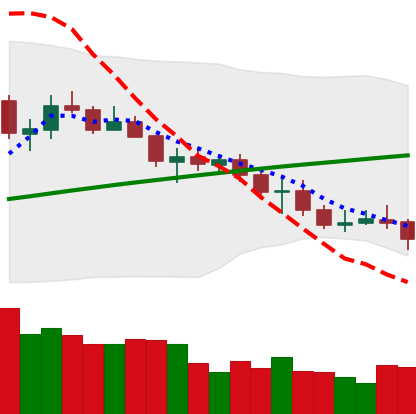
Ticker: ETC-USD
Chart end date: 2021-07-20
Forward return: 23.02%
Label: up_7plus